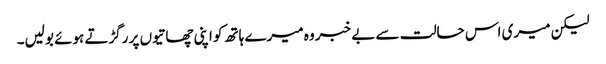
لیکن میری اس حالت سے بے خبر وہ میرے ہاتھ کو اپنی چھاتیوں پر رگڑتے ہوئے بولیں۔